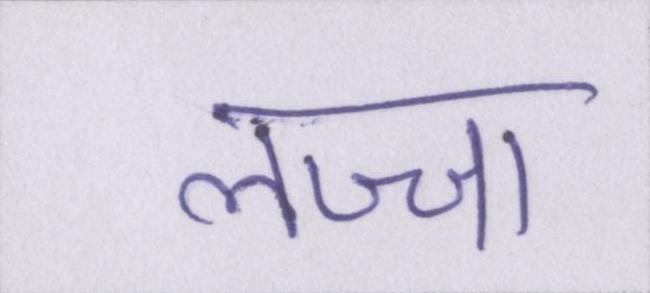
लज्जा